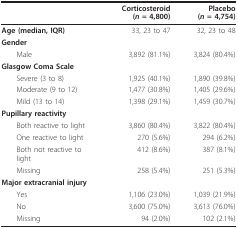
<table><thead><tr><td></td><td><b>Corticosteroid (<i>n </i>= 4,800)</b></td><td><b>Placebo (<i>n </i>= 4,754)</b></td></tr></thead><tbody><tr><td><b>Age (median, IQR)</b></td><td>33, 23 to 47</td><td>32, 23 to 48</td></tr><tr><td colspan="3"><b>Gender</b></td></tr><tr><td> Male</td><td>3,892 (81.1%)</td><td>3,824 (80.4%)</td></tr><tr><td colspan="3"><b>Glasgow Coma Scale</b></td></tr><tr><td> Severe (3 to 8)</td><td>1,925 (40.1%)</td><td>1,890 (39.8%)</td></tr><tr><td> Moderate (9 to 12)</td><td>1,477 (30.8%)</td><td>1,405 (29.6%)</td></tr><tr><td> Mild (13 to 14)</td><td>1,398 (29.1%)</td><td>1,459 (30.7%)</td></tr><tr><td colspan="3"><b>Pupillary reactivity</b></td></tr><tr><td> Both reactive to light</td><td>3,860 (80.4%)</td><td>3,822 (80.4%)</td></tr><tr><td> One reactive to light</td><td>270 (5.6%)</td><td>294 (6.2%)</td></tr><tr><td> Both not reactive to light</td><td>412 (8.6%)</td><td>387 (8.1%)</td></tr><tr><td> Missing</td><td>258 (5.4%)</td><td>251 (5.3%)</td></tr><tr><td colspan="3"><b>Major extracranial injury</b></td></tr><tr><td> Yes</td><td>1,106 (23.0%)</td><td>1,039 (21.9%)</td></tr><tr><td> No</td><td>3,600 (75.0%)</td><td>3,613 (76.0%)</td></tr><tr><td> Missing</td><td>94 (2.0%)</td><td>102 (2.1%)</td></tr></tbody></table>